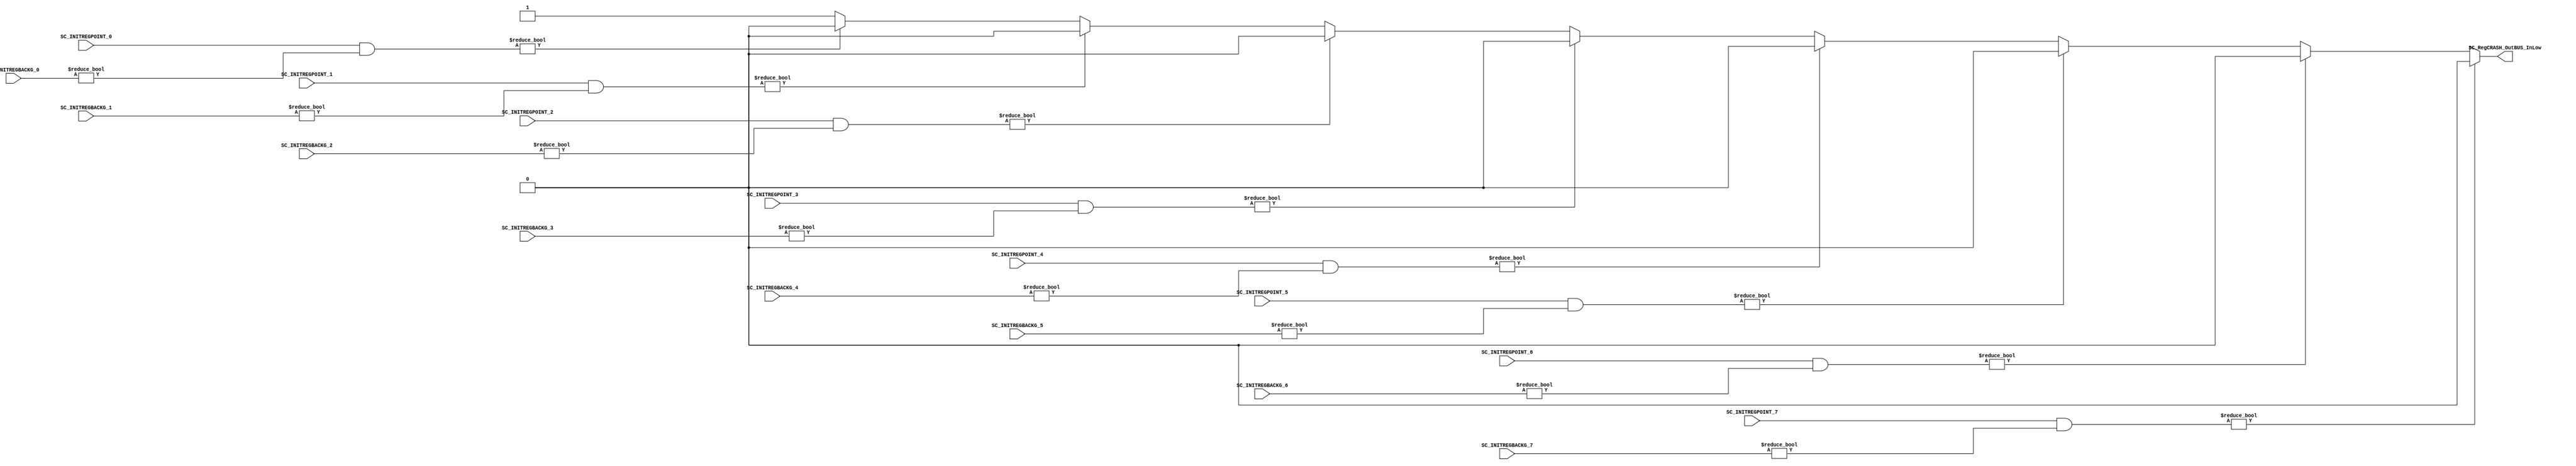
module SC_regCRASH (
	//////////// OUTPUTS //////////
	SC_RegCRASH_OutBUS_InLow,
	//////////// INPUTS //////////
	SC_INITREGPOINT_7,
	SC_INITREGPOINT_6,
	SC_INITREGPOINT_5,
	SC_INITREGPOINT_4,
	SC_INITREGPOINT_3,
	SC_INITREGPOINT_2,
	SC_INITREGPOINT_1,
	SC_INITREGPOINT_0,
	SC_INITREGBACKG_7,
	SC_INITREGBACKG_6,
   SC_INITREGBACKG_5,
	SC_INITREGBACKG_4,
	SC_INITREGBACKG_3,
	SC_INITREGBACKG_2,
	SC_INITREGBACKG_1,
	SC_INITREGBACKG_0

);	

//=======================================================
//  PORT declarations
//=======================================================
output reg	SC_RegCRASH_OutBUS_InLow;
input	[7:0]SC_INITREGPOINT_7;
input	[7:0]SC_INITREGPOINT_6;
input	[7:0]SC_INITREGPOINT_5;
input	[7:0]SC_INITREGPOINT_4;
input	[7:0]SC_INITREGPOINT_3;
input	[7:0]SC_INITREGPOINT_2;
input	[7:0]SC_INITREGPOINT_1;
input	[7:0]SC_INITREGPOINT_0;
input	[7:0]SC_INITREGBACKG_7;
input	[7:0]SC_INITREGBACKG_6;
input [7:0]SC_INITREGBACKG_5;
input	[7:0]SC_INITREGBACKG_4;
input	[7:0]SC_INITREGBACKG_3;
input	[7:0]SC_INITREGBACKG_2;
input	[7:0]SC_INITREGBACKG_1;
input	[7:0]SC_INITREGBACKG_0;

//  Structural coding
//=======================================================
//INPUT LOGIC: COMBINATIONAL
always @(*)
begin
	if (SC_INITREGPOINT_7 & SC_INITREGBACKG_7 != 8'b00000000)
		SC_RegCRASH_OutBUS_InLow = 1'b0;
	else if (SC_INITREGPOINT_6 & SC_INITREGBACKG_6 != 8'b00000000)
		SC_RegCRASH_OutBUS_InLow = 1'b0;
	else if (SC_INITREGPOINT_5 & SC_INITREGBACKG_5 != 8'b00000000)
		SC_RegCRASH_OutBUS_InLow = 1'b0;
	else if (SC_INITREGPOINT_4 & SC_INITREGBACKG_4 != 8'b00000000)
		SC_RegCRASH_OutBUS_InLow = 1'b0;
	else if (SC_INITREGPOINT_3 & SC_INITREGBACKG_3 != 8'b00000000)
		SC_RegCRASH_OutBUS_InLow = 1'b0;
	else if (SC_INITREGPOINT_2 & SC_INITREGBACKG_2 != 8'b00000000)
		SC_RegCRASH_OutBUS_InLow = 1'b0;
	else if (SC_INITREGPOINT_1 & SC_INITREGBACKG_1 != 8'b00000000)
		SC_RegCRASH_OutBUS_InLow = 1'b0;
	else if (SC_INITREGPOINT_0 & SC_INITREGBACKG_0 != 8'b00000000)
		SC_RegCRASH_OutBUS_InLow = 1'b0;
	else
		SC_RegCRASH_OutBUS_InLow = 1'b1;
end

endmodule